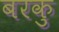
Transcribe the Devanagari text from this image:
बरकु